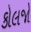
કોલજો